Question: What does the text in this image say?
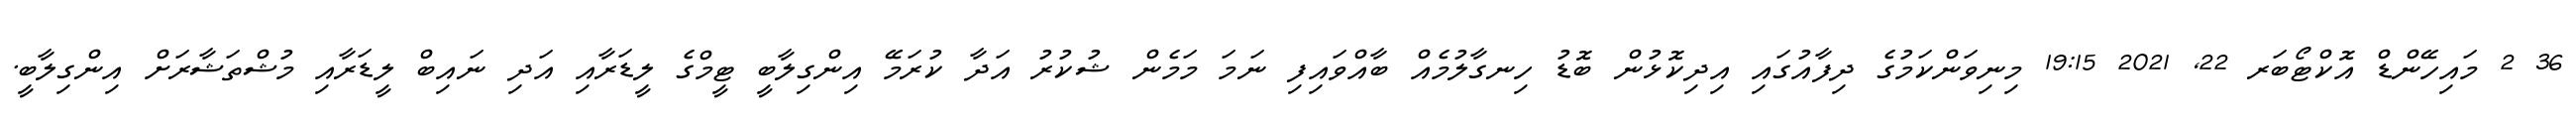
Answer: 36 2 މައިހޭންޑް އޮކްޓޯބަރ 22, 2021 19:15 މިނިވަންކަމުގެ ދިފާއުގައި އިދިކޮޅުން ބޮޑު ހިނގާލުމެއް ބާއްވައިފި ނަމަ މަމެން ޝުކުރު އަދާ ކުރަމޭ އިންގިލާބީ ޓީމްގެ ލީޑަރާއި އަދި ނައިބް ލީޑަރާއި މުޝްތަޝާރަށް އިންގިލާބީ.